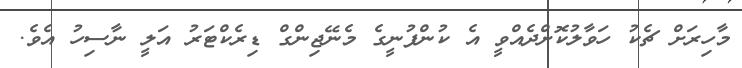
މާހިރަށް ޗެކު ހަވާލުކޮށްދެއްވީ އެ ކުންފުނީގެ މެނޭޖިންގް ޑިރެކްޓަރު އަލީ ނާސިހު އެވެ.